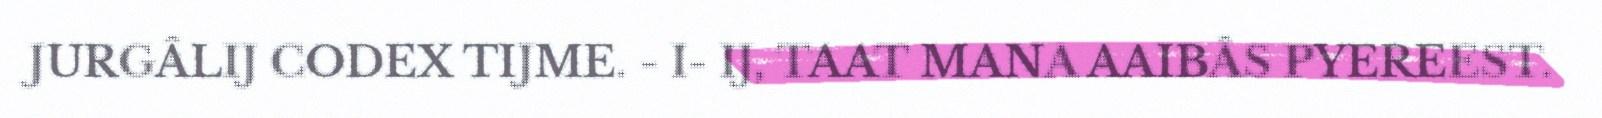
JURGÂLIJ CODEX TIJME. - I- IJ, TAAT MANA AAIBÂS PYEREEST.